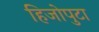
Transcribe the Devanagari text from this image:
हिजोपुटा